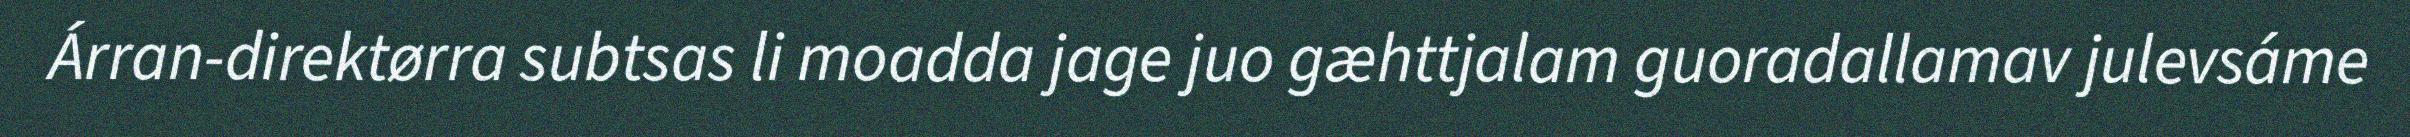
Árran-direktørra subtsas li moadda jage juo gæhttjalam guoradallamav julevsáme